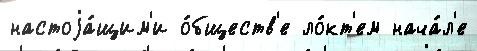
настоjа́щим'и о́бществ'е ло́кт'ем нача́л'е